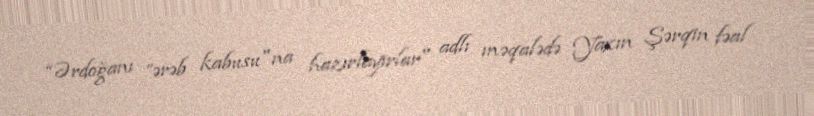
“Ərdoğanı ”ərəb kabusu"na hazırlayırlar" adlı məqalədə Yaxın Şərqin fəal